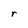
Character: r